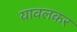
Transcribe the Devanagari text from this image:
यावलकर